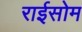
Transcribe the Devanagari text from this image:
राईसोम